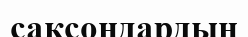
саксондардың